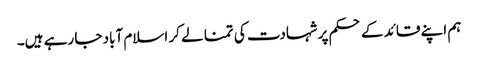
ہم اپنے قائد کے حکم پر شہادت کی تمنا لے کر اسلام آباد جا رہے ہیں۔